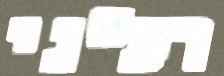
רע"ני